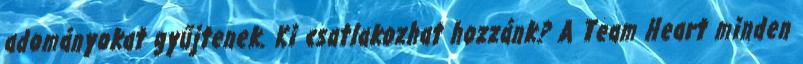
adományokat gyűjtenek. Ki csatlakozhat hozzánk? A Team Heart minden